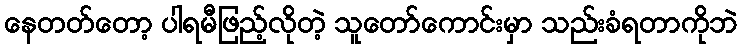
နေတတ်တော့ ပါရမီဖြည့်လိုတဲ့ သူတော်ကောင်းမှာ သည်းခံရတာကိုဘဲ